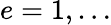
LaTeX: e=1,\ldots